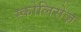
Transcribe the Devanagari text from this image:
स्कोलिसेज़